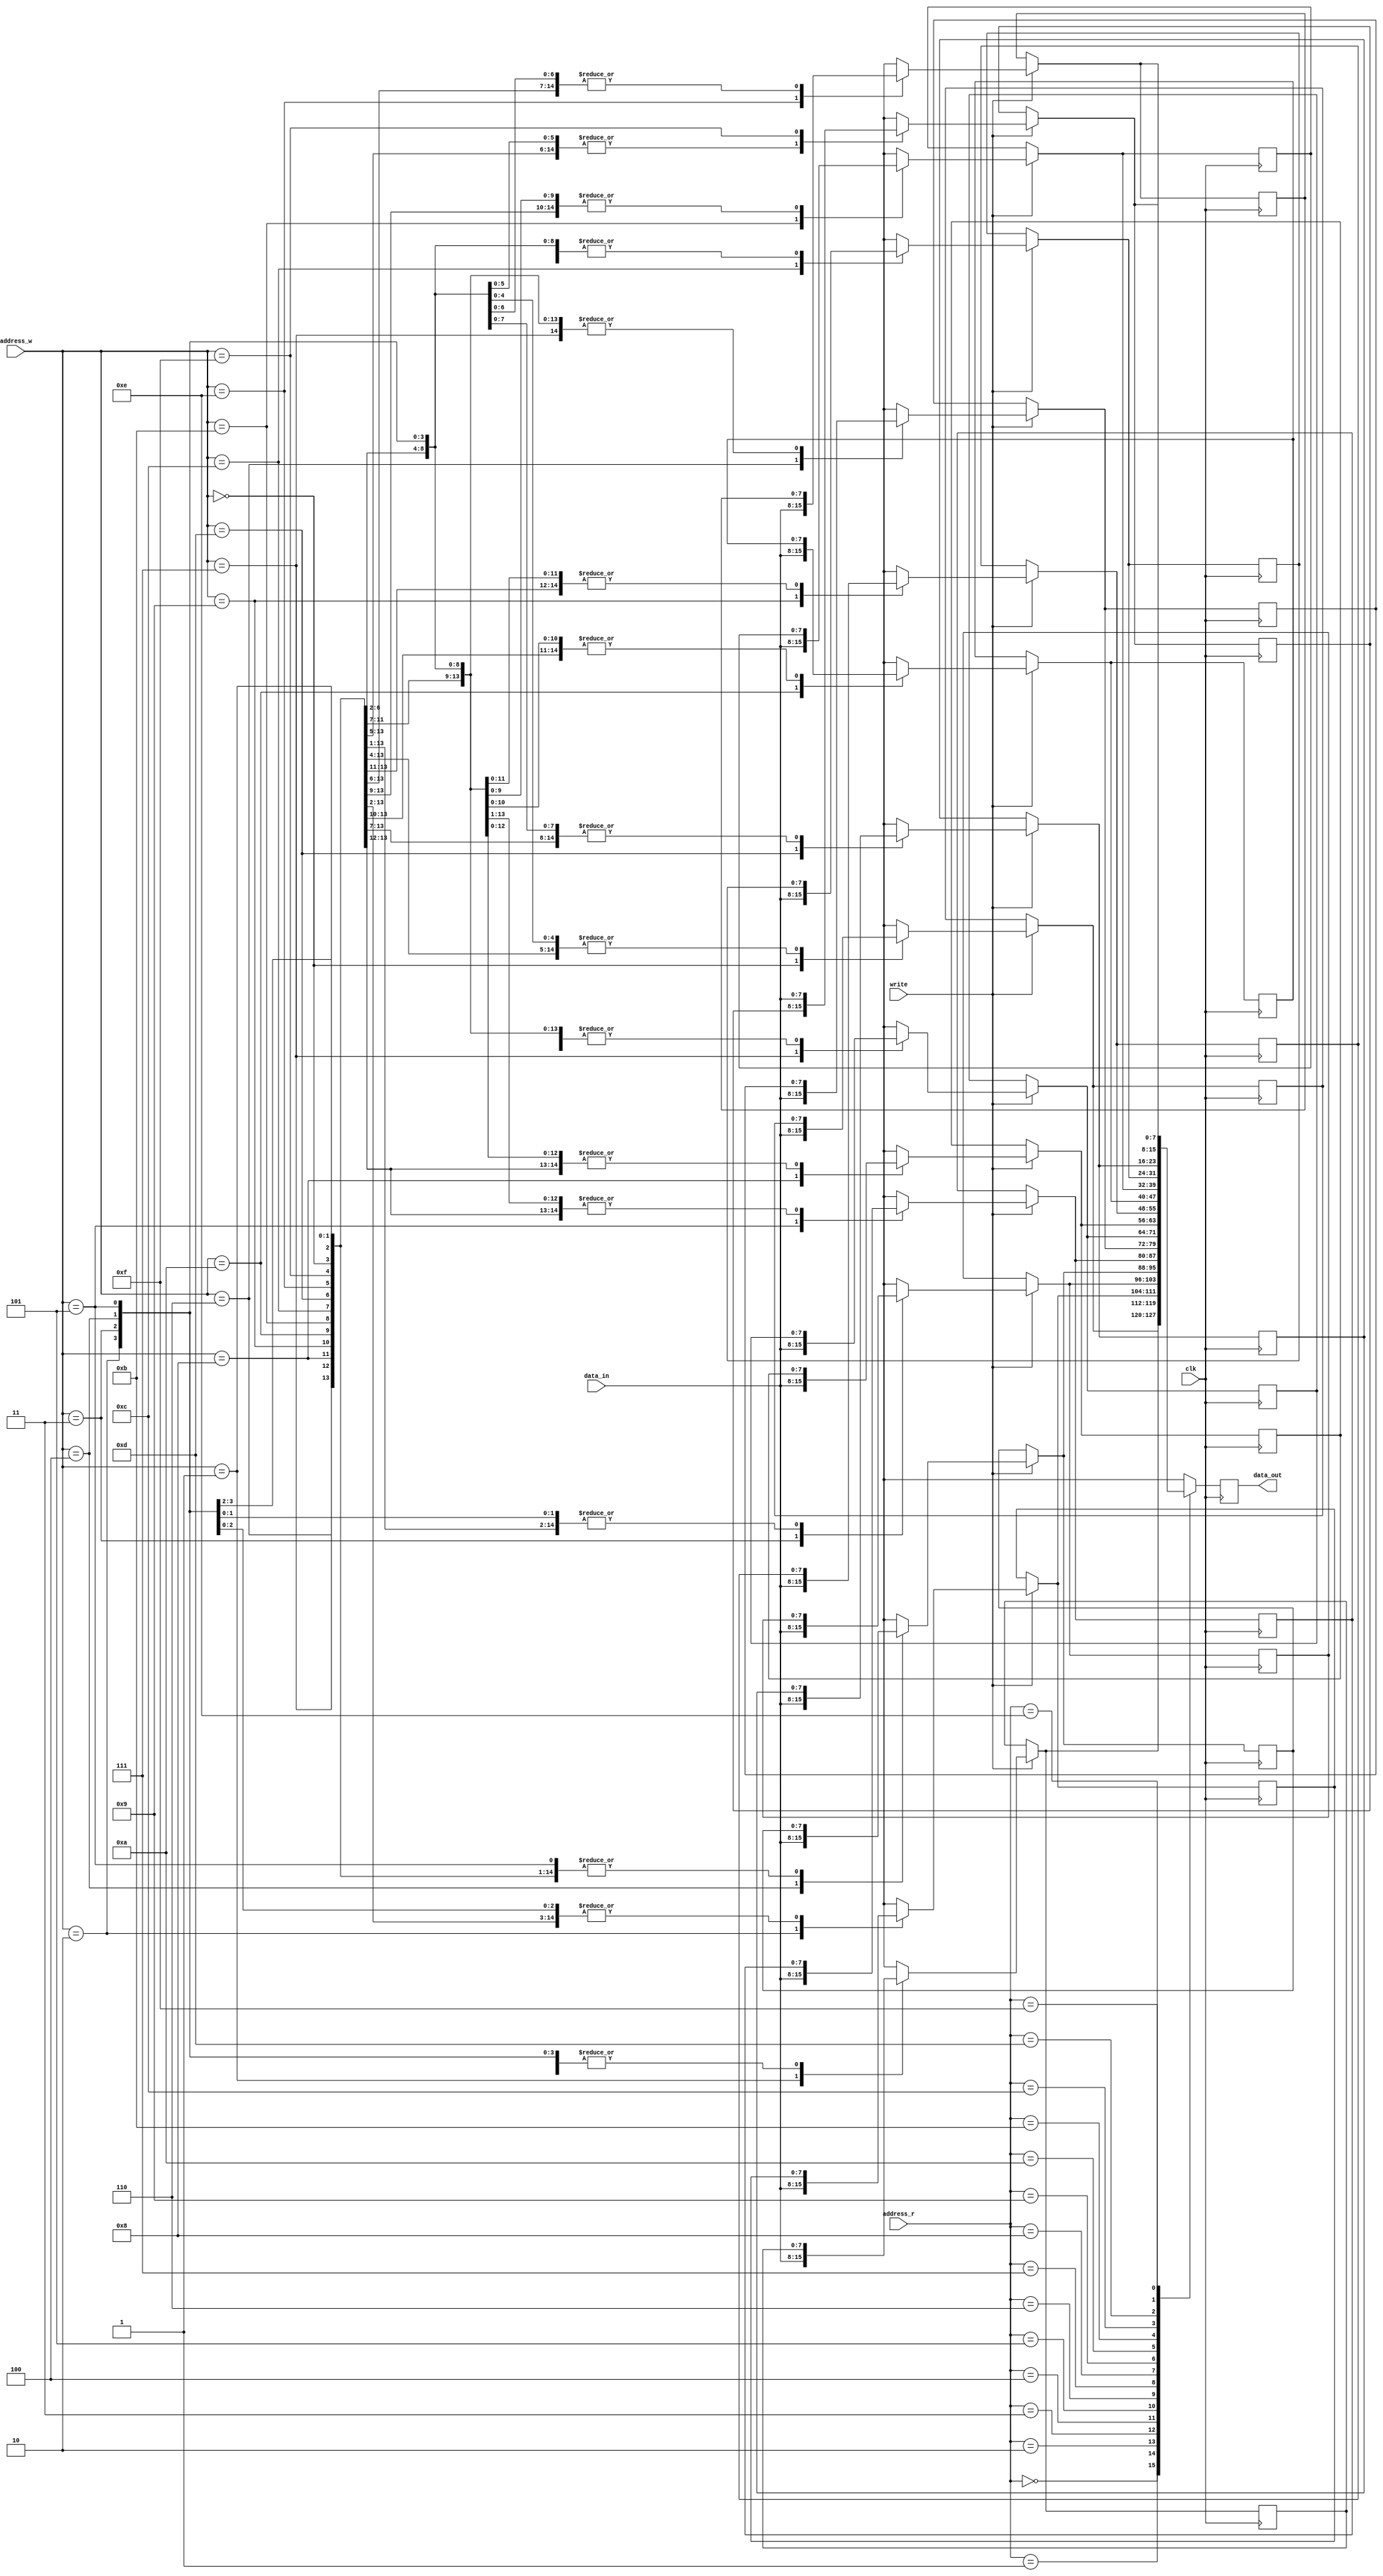
`timescale 1ns / 1ps

module output_buffer #(parameter word_size=8, address_size=4)(
	output reg [word_size-1:0] data_out,
	input [word_size-1:0] data_in, 
	input [address_size-1:0] address_r, // for reading
	input [address_size-1:0] address_w, // for writing
	input clk, write);

	parameter memory_size=2**address_size;
	
	reg [ word_size-1:0] memory[memory_size-1:0];
	

	always @ (posedge clk) begin
		if (write) memory[address_w] = data_in;
		data_out = memory[address_r];
	end

endmodule